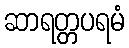
ဆာရတ္တပရမံ